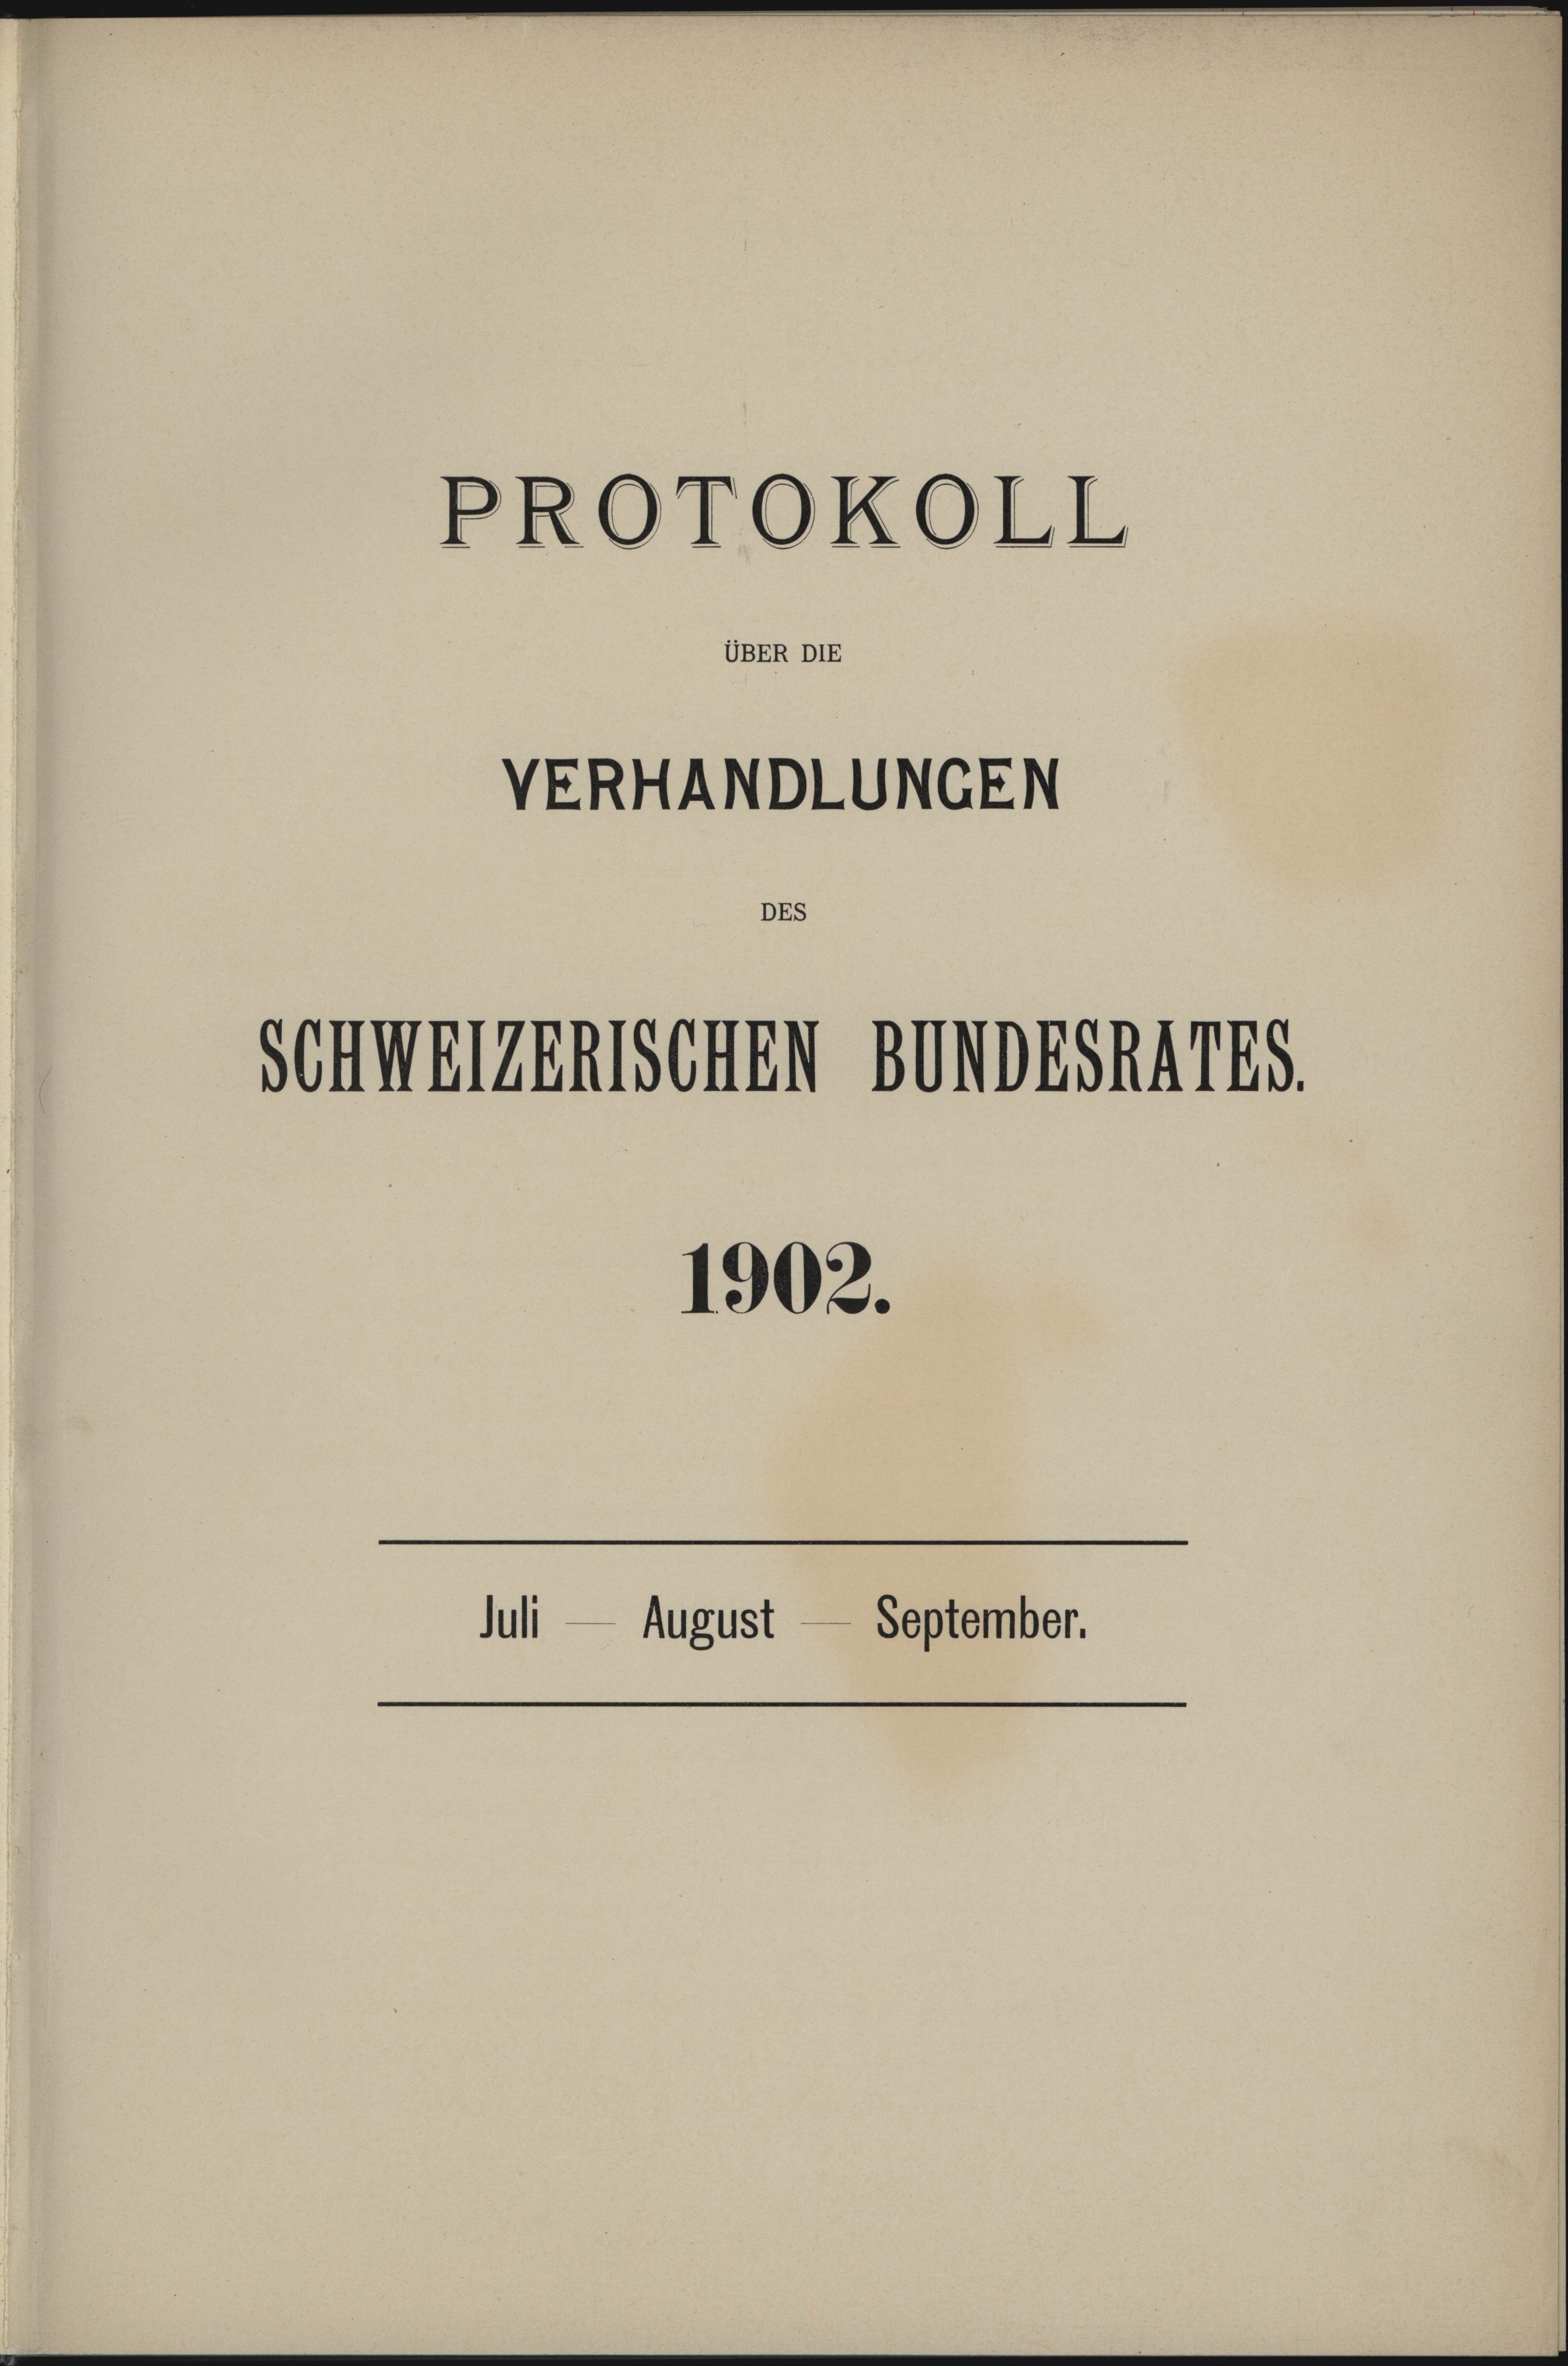
VERHANDLUNGEN
DEs
Schweizenischen BondSAALES.

PROTOKOLL
UBER DIE

1902.
e

Juli — August — September.